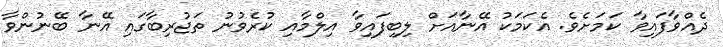
ދެއްވާފައިވާ ކަމަށެވެ. އެކަމަކު އޭނާއަށް ލިބިފައިވާ އިލްމާއި ކުރެވުނު ތަޖުރިބާގައި އޭނާ ބޭނުންވާ